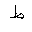
Letter: _da